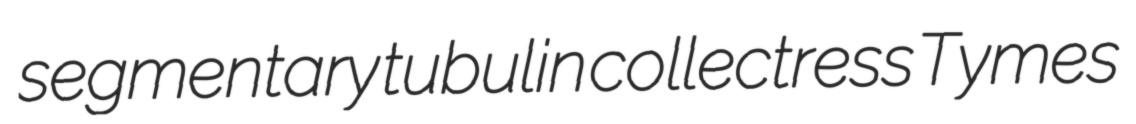
segmentary tubulin collectress Tymes